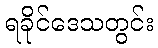
ရခိုင်ဒေသတွင်း